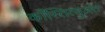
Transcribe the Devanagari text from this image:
काँस्तित्युअंत